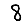
Digit: 8